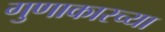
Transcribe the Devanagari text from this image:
गुणाकारच्या